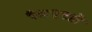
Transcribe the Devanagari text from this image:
१८९९ते